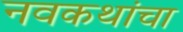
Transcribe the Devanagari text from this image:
नवकथांचा